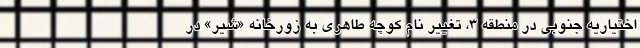
اختیاریه جنوبی در منطقه ۳، تغییر نام کوچه طاهری به زورخانه «شیر» در